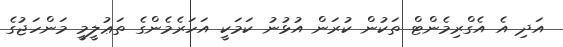
އަދި އެ އެގްރިމެންޓް ތަކުން ކުރަން އުޅުނު ކަމަކީ އަހަރެމެންގެ ތަޢުލީމީ މަންހަޖުގެ